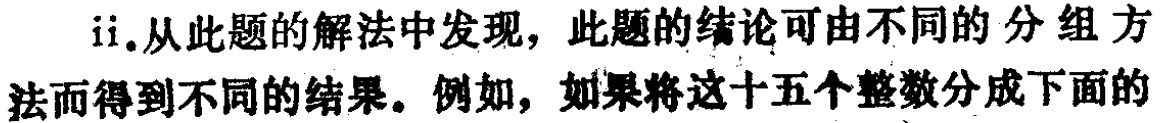
ii.从此题的解法中发现，此题的结论可由不同的分组方法而得到不同的结果。例如，如果将这十五个整数分成下面的